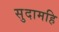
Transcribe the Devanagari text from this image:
सुदामहि